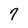
Character: 7